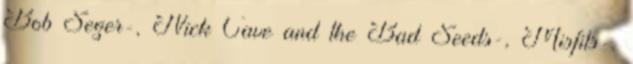
Bob Seger-, Nick Cave and the Bad Seeds-, Misfits-,